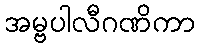
အမ္ဗပါလီဂဏိကာ